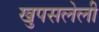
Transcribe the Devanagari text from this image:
खुपसलेली